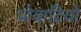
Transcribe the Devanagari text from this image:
प्रोबाटियो